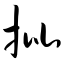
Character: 批